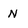
Character: N